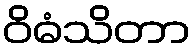
ဝိဓံသိတာ